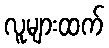
လူများထက်